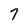
Character: 7